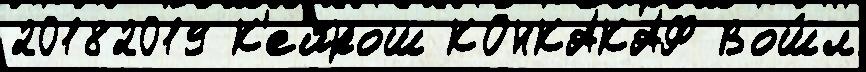
20182019 К'ейрош КОНКАКАФ Вош́л